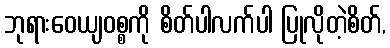
ဘုရားဝေယျဝစ္စကို စိတ်ပါလက်ပါ ပြုလိုတဲ့စိတ်,